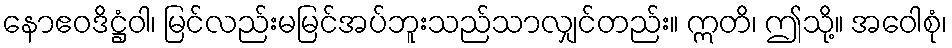
နောဧဝဒိဋ္ဌံဝါ၊ မြင်လည်းမမြင်အပ်ဘူးသည်သာလျှင်တည်း။ ဣတိ၊ ဤသို့။ အဝေါစုံ၊